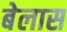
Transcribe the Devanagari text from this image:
बेलास